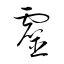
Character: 靈